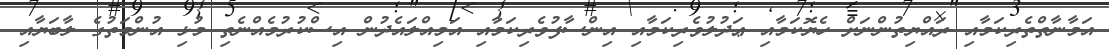
އަމާނާތްތެރިކަމާއި ރައްޔިތުންނަށް ހެޔޮކަމާއި ޢަދުލުވެރިކަމާއި އިންސާފުވެރިކަމާއި އަމިއްލައެދުން އިސްކުރުމެއްނެތި މުޅި އުންމަތުގެ ލާބަޔާއި